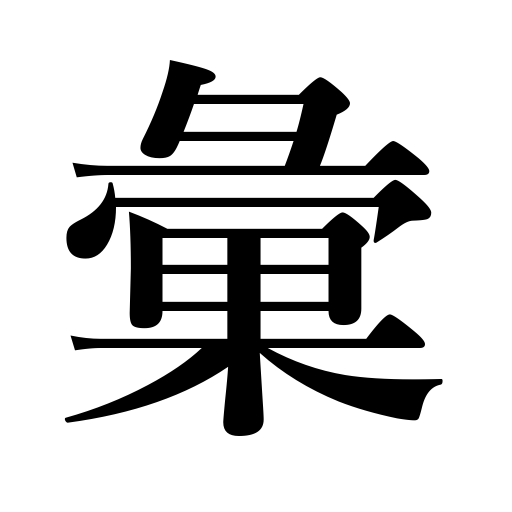
Meanings: same kind